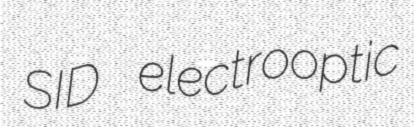
SID electrooptic